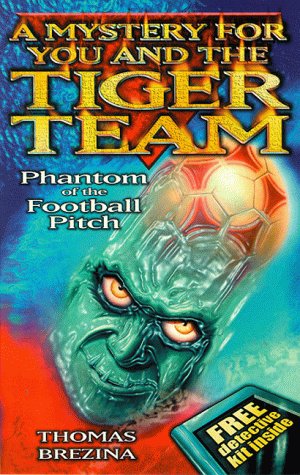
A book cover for Tiger Team: Phantom of the Football Pitch; Thomas Brezina; Teen & Young Adult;